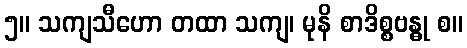
၅။ သကျသီဟော တထာ သကျ၊ မုနိ စာဒိစ္စဗန္ဓု စ။